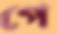
পে